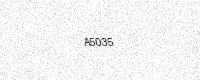
Text: A5035